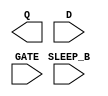
module sky130_fd_sc_lp__srdlxtp (
    Q      ,
    D      ,
    GATE   ,
    SLEEP_B
);

    output Q      ;
    input  D      ;
    input  GATE   ;
    input  SLEEP_B;

    // Voltage supply signals
    supply1 KAPWR;
    supply1 VPWR ;
    supply0 VGND ;
    supply1 VPB  ;
    supply0 VNB  ;

endmodule